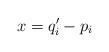
LaTeX: \begin{align*}x = q_i' - p_i\end{align*}